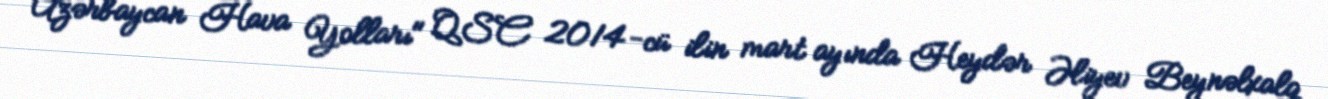
Azərbaycan Hava Yolları" QSC 2014-cü ilin mart ayında Heydər Əliyev Beynəlxalq